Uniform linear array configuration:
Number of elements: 64
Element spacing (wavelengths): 0.5
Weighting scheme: kaiser
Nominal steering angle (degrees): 0
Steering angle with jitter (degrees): -1.348
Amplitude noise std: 0.05
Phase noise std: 0.05

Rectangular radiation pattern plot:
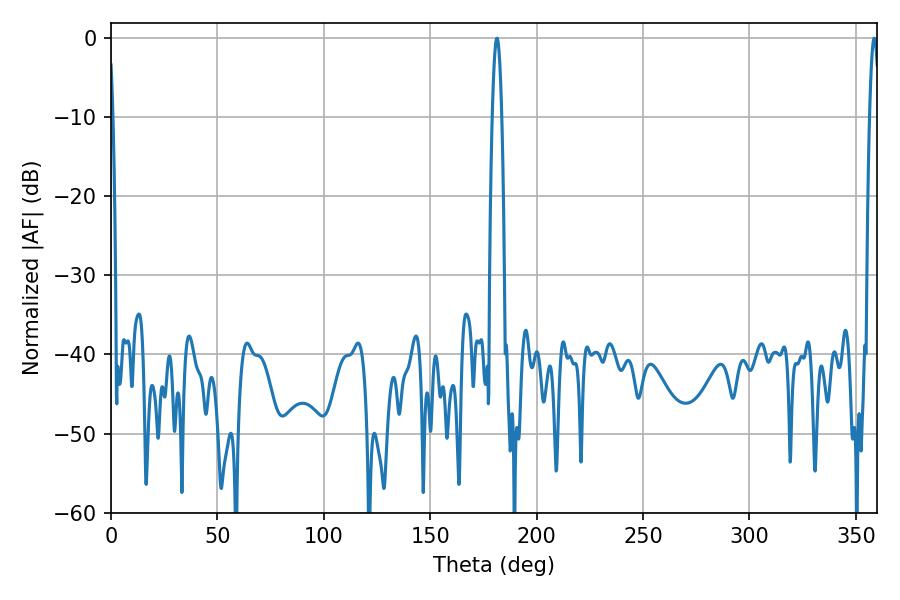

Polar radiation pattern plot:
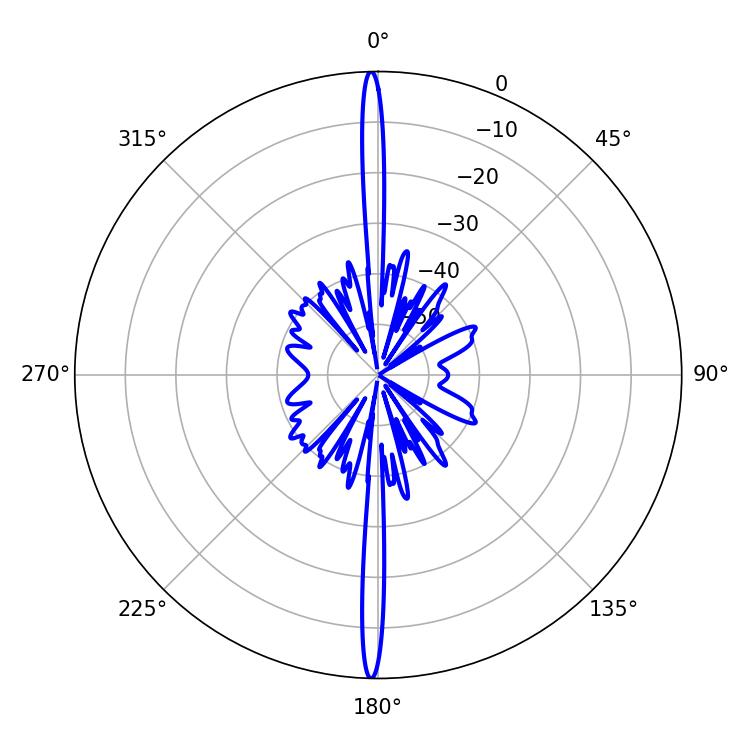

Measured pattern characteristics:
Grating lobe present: FALSE
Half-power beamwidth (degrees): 2.34
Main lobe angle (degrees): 358.56